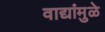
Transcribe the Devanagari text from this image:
वाद्यांमुळे